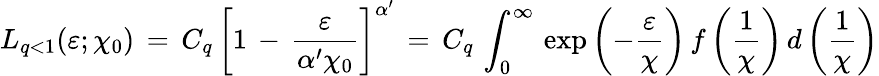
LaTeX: L_{q<1}(\varepsilon;\chi_{0})\, =\, C_{q}\, \left[1\, -\, \frac{\varepsilon}{\alpha^{\prime}\chi_{0}}\right]^{\alpha^{\prime}}\, =\, C_{q}\, \int_{0}^{\infty}\, \exp\left(-\frac{\varepsilon}{\chi}\right)\, f\left(\frac{1}{\chi}\right)\, d\left(\frac{1}{\chi}\right)